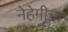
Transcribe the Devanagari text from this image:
नेहेमीचा